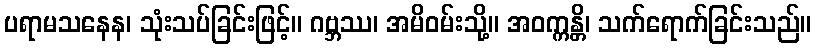
ပရာမသနေန၊ သုံးသပ်ခြင်းဖြင့်။ ဂဗ္ဘဿ၊ အမိဝမ်းသို့။ အဝက္ကန္တိ၊ သက်ရောက်ခြင်းသည်။